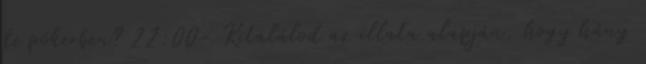
de pókerben? 22:00- Kitalálod az illata alapján, hogy hány